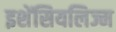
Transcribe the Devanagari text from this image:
इशेंसियलिज्म